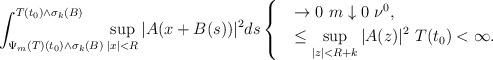
LaTeX: \begin{align*} \int_{\Psi_m(T)(t_0)\wedge \sigma_k(B)}^{T(t_0) \wedge \sigma_k(B)}\sup_{|x|<R} | A(x+B(s))|^2ds \begin{cases}&\to 0\ m \downarrow 0\ \nu^0, \\&\leq \displaystyle \sup_{|z|< R+ k} |A(z)|^2 \ T(t_0)<\infty. \end{cases}\end{align*}